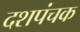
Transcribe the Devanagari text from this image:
दशपंचक